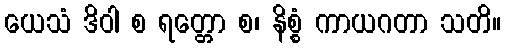
ယေသံ ဒိဝါ စ ရတ္တော စ၊ နိစ္စံ ကာယဂတာ သတိ။